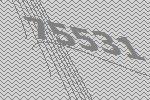
75531